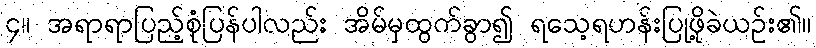
၄။ အရာရာပြည့်စုံပြန်ပါလည်း အိမ်မှထွက်ခွာ၍ ရသေ့ရဟန်းပြုဖို့ခဲယဉ်း၏။